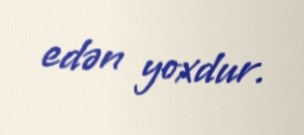
edən yoxdur.